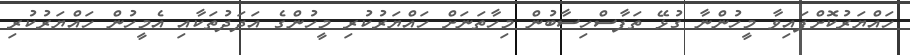
ހައްޔަރުކޮށްފައިވާ މީހުންނާ ގުޅޭ ތަފާސްހިސާބުން މިހާތަނަށް ހައްޔަރުކުރި މީހުންގެ އަދަދުތަކާއި އެމީހުން ހައްޔަރުކުރި